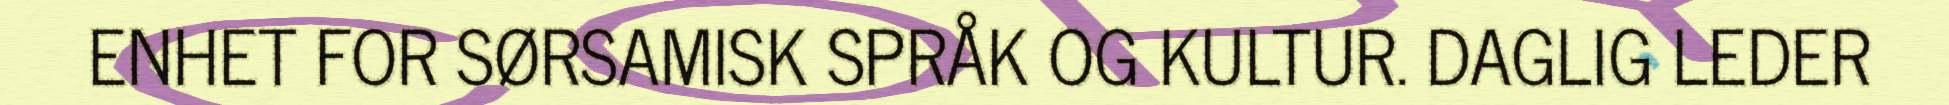
ENHET FOR SØRSAMISK SPRÅK OG KULTUR. DAGLIG LEDER